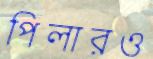
পিলারও